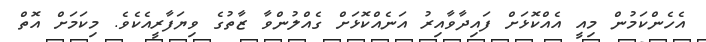
އެހެންކަމުން މިއީ އެއްކޮޅަށް ފައިދާވާއިރު އަނެއްކޮޅަށް ގެއްލުންވާ ޒާތުގެ ވިޔަފާރީއެެކެވެ. މިކަމަށް އޮތް